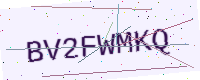
Text: BV2FWMKQ